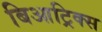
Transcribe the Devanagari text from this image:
बिआट्रिक्स